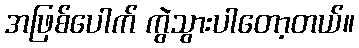
အဖြစ်ပေါက် ကွဲသွားပါတော့တယ်။